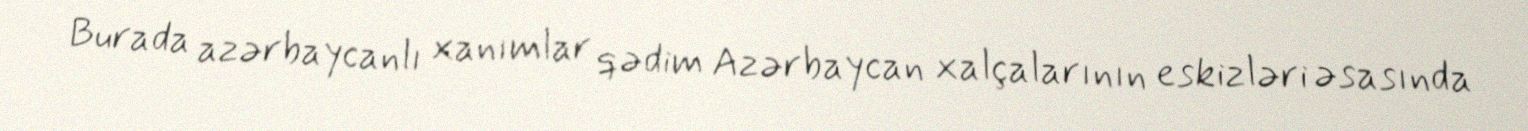
Burada azərbaycanlı xanımlar qədim Azərbaycan xalçalarının eskizləri əsasında